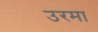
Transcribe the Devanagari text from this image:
उरमा